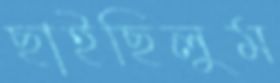
ছাইছিলুম